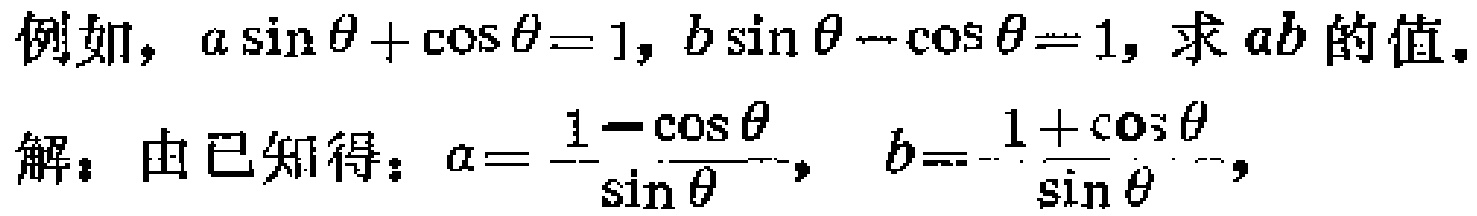
例如，\(a\sin\theta+\cos\theta = 1\)，\(b\sin\theta-\cos\theta = 1\)，求 \(ab\) 的值。
解：由已知得：\(a = \frac{1 - \cos\theta}{\sin\theta}\)， \(b = \frac{1 + \cos\theta}{\sin\theta}\)，